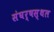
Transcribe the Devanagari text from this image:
संघर्षस्थल